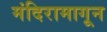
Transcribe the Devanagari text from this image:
मंदिरामागून